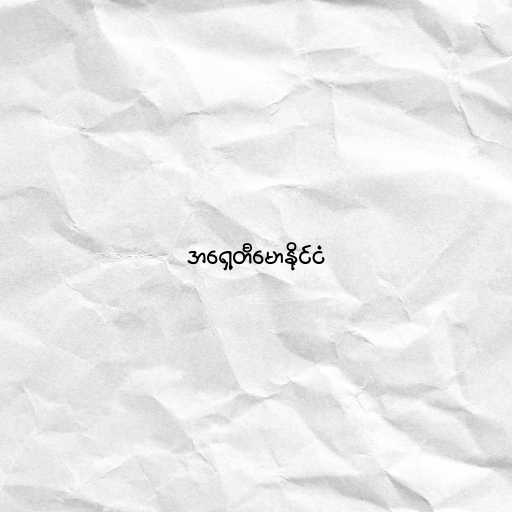
အရှေ့တီမောနိုင်ငံ